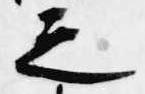
之